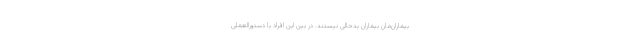
بیماران‌مان بیماران بدحالی نیستند. در بین این افراد با دستورالعملی